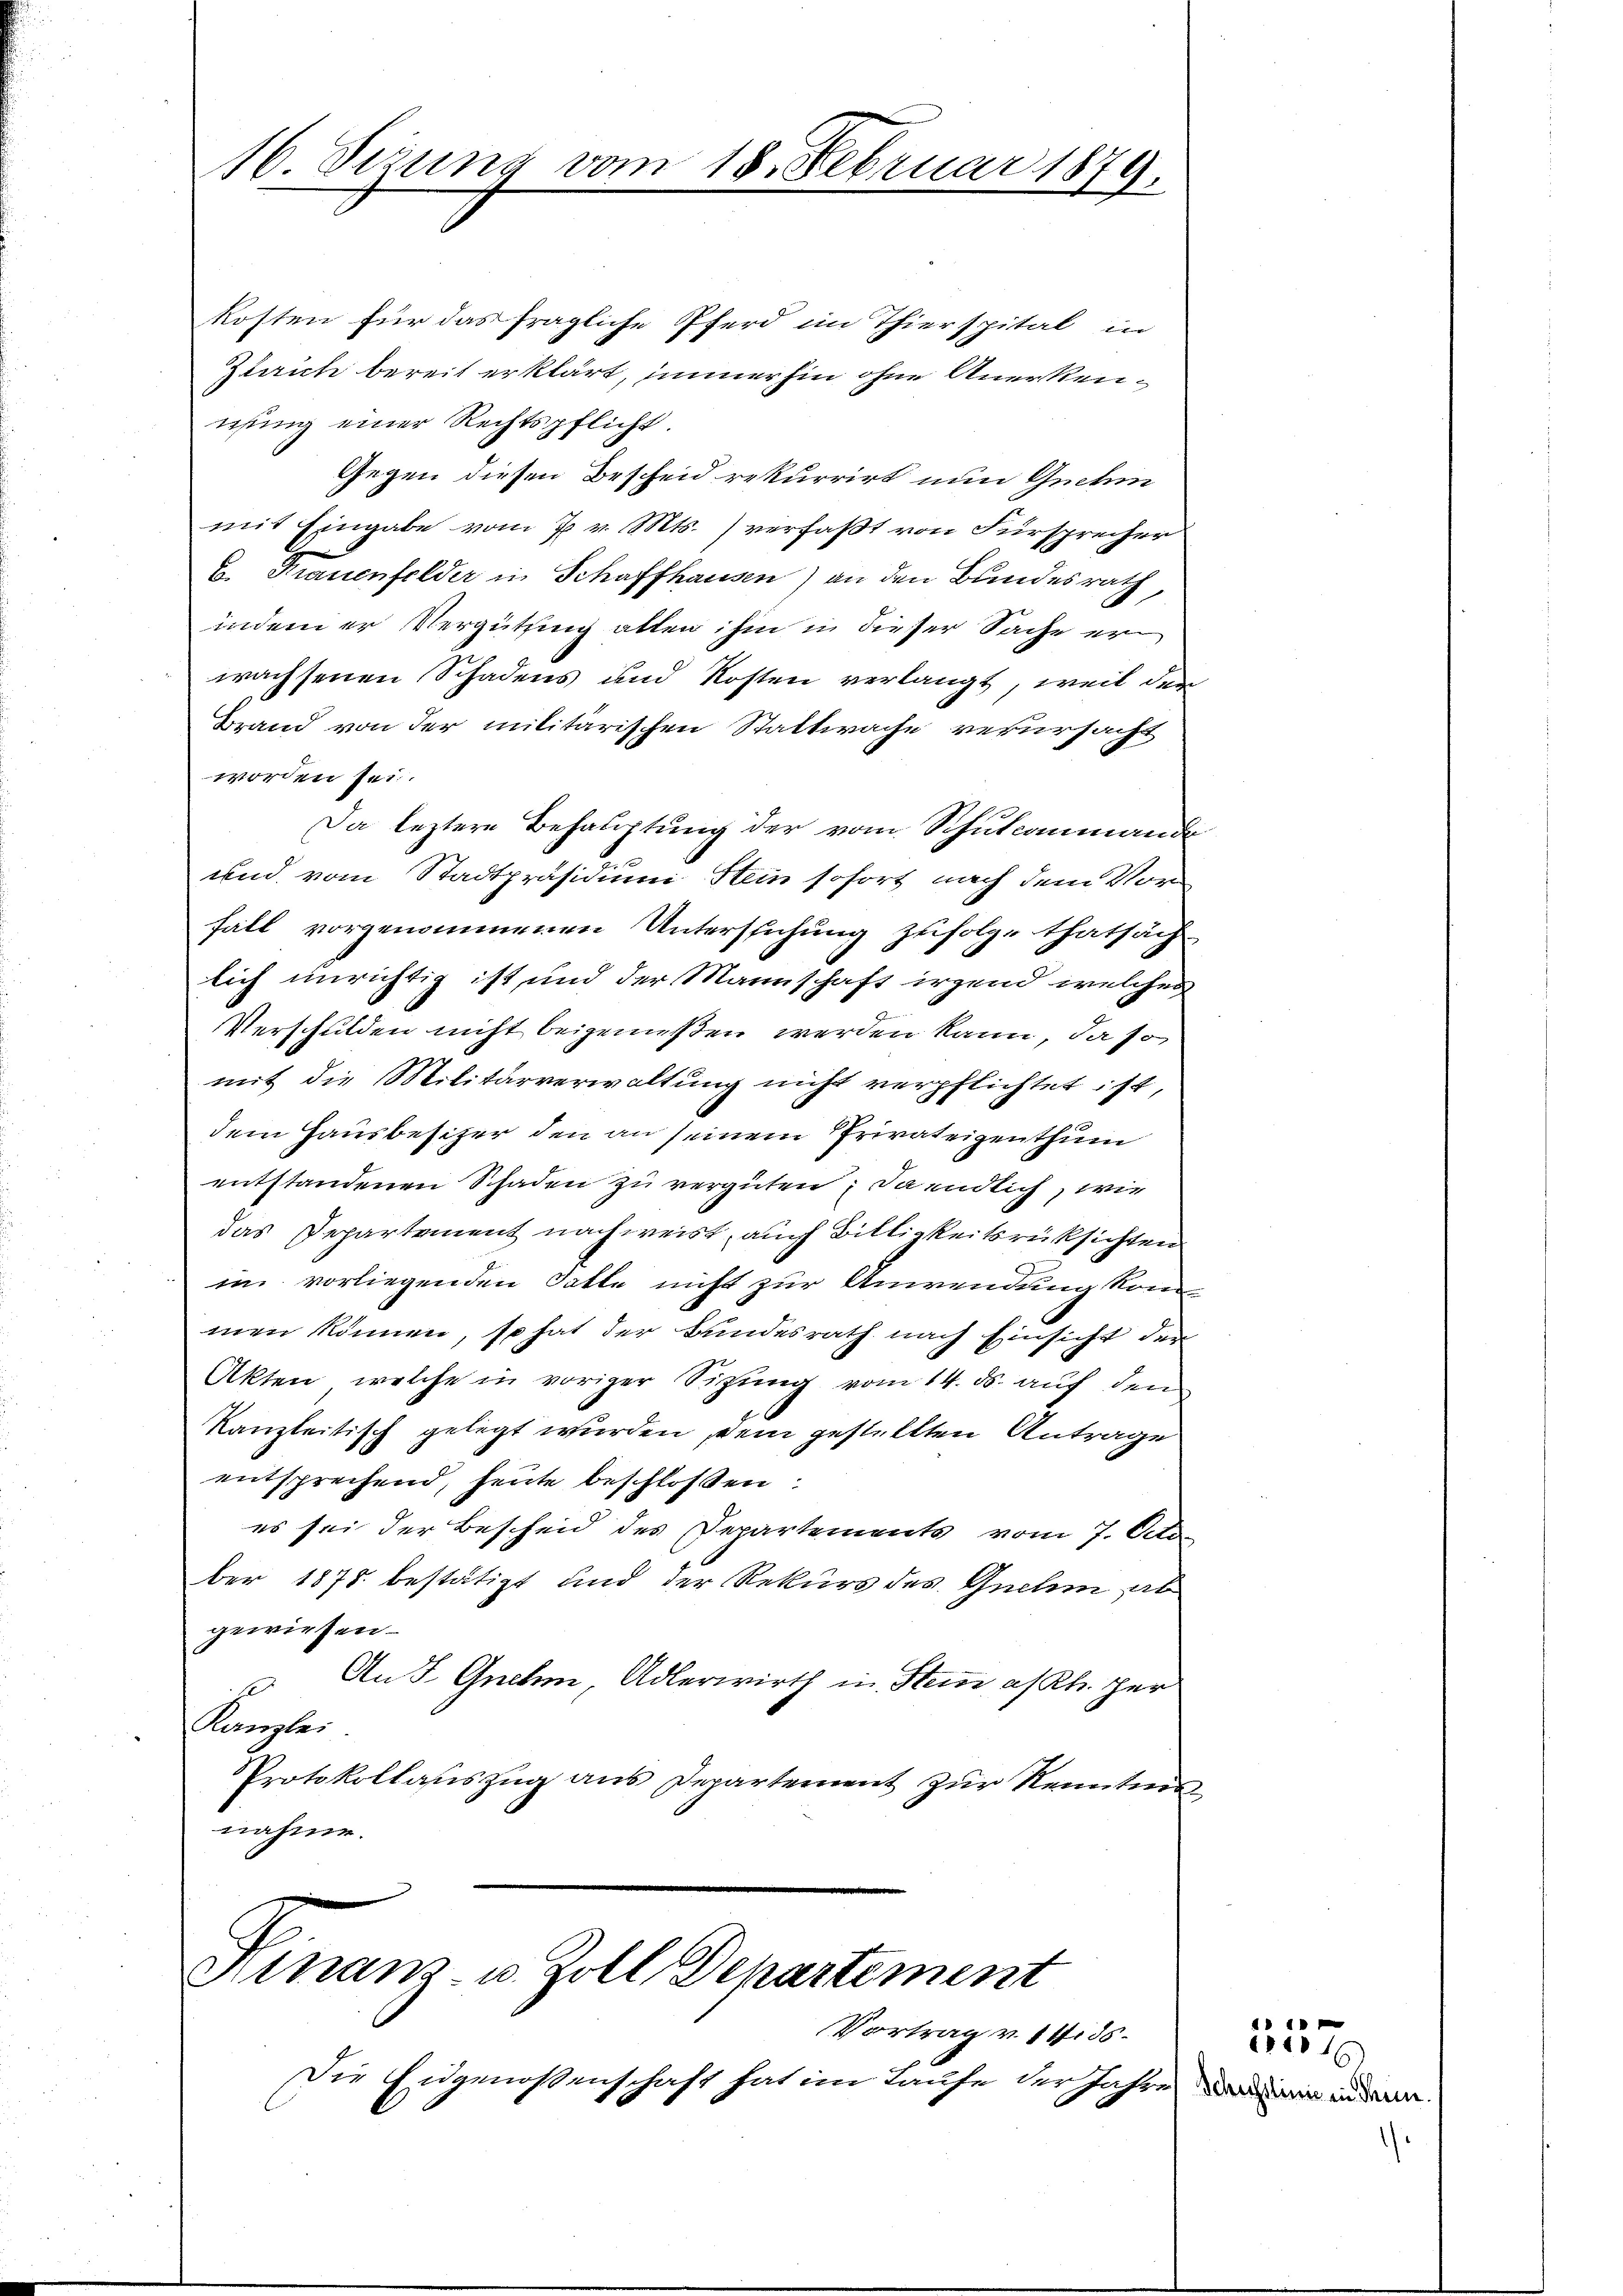
16. Sezung vom 18. Februar 1879.

kosten für das fragliche Pferd im Thierspital in
Zesrich bereit erklärt, immerhin ohne Anerkennsung einer Rechtspflicht.
Gegen diesen Bescheid rekurrirt nun Guchin
mit Eingabe vom 7 v. Mts. verfaßt von Fürsprecher
u. Frauenfelder in Schaffhausen) an den Bundesrath
indem er Vergütung allen ihm in dieser Sache er
wachsenen Schadens und Kosten verlangt, weil der
Brand von der militärischen Stattwache verursacht
worden sei.
Da leztere Behauptung der vom Schulcommande
und vom Stadtpräsidimi Stein sofort nach dem Vor
fall vorgenommenen Untersuchung zufolge thatsäch
lich unrichtig ist und der Mannschaft irgend welcher
Verschulden nicht beigenießen werden kann, da so
mit die Militärverwaltung nicht verpflichtet ist,
dem Hausbesitzer den an seinem Privateigenthum
entstandenen Schaden zu vergüten; da endlich, wie
das Departement nachweist, auch Billigkeitsrücksichten
im vorliegenden Gatte nicht zur Anwendung kommen können, so hat der Bundesrath nach Einsicht der
Akten, welche in voriger Sitzung vom 14. ds. auf den
Kanzleitisch gelegt wurden sein gestellten Antrage
entsprechend, heute beschloßen:
es sei der Bescheid des Departements vom 7. Octo
ber 1878 bestätigt und der Rekurs des Guehe ab
gewiesen.
An J. Guethen Adlerwirth in Stein a/Rh. her
Kanzlei
Protokollauszug aus Departement zur Kenntnis
nahme.

Hinanz u. Zoll Departement
Vortrag v. 14. 35

Die Engenossenschaft hat im Laufe der Jahr.

Schichtlinie in deine

357.